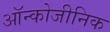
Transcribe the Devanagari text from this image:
ऑन्कोजीनिक